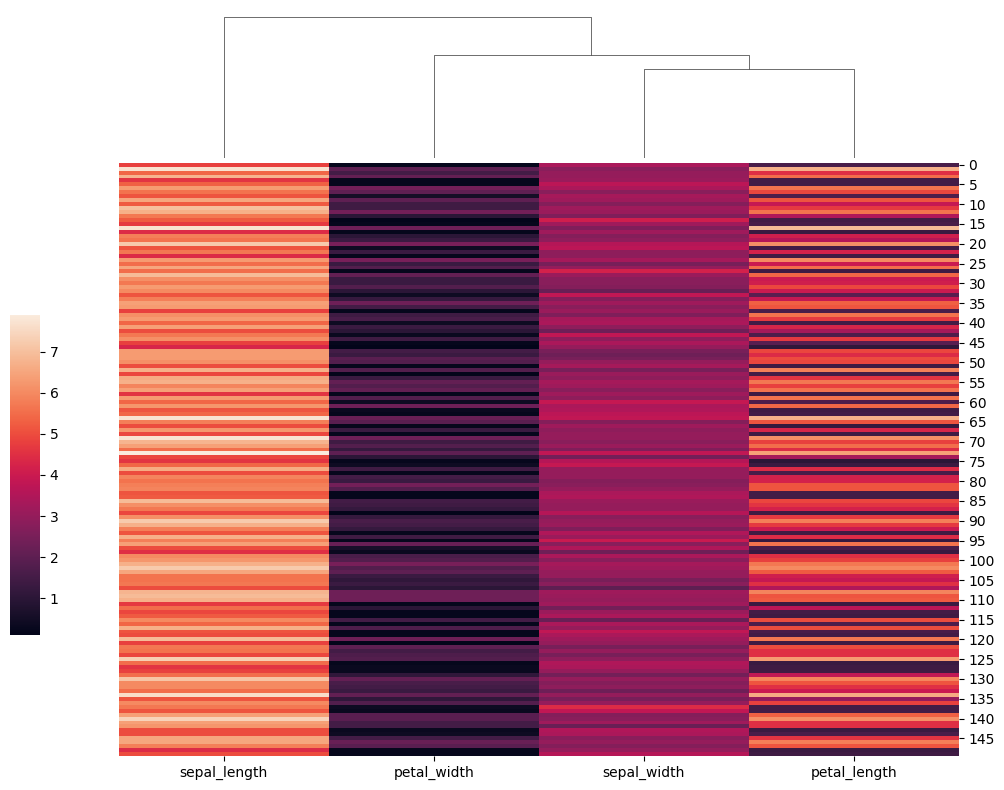
python, seaborn, clustermap, figsize=(10, 8), row_cluster=False, dendrogram_ratio=(0.1, 0.2), cbar_pos=(0, 0.2, 0.03, 0.4)